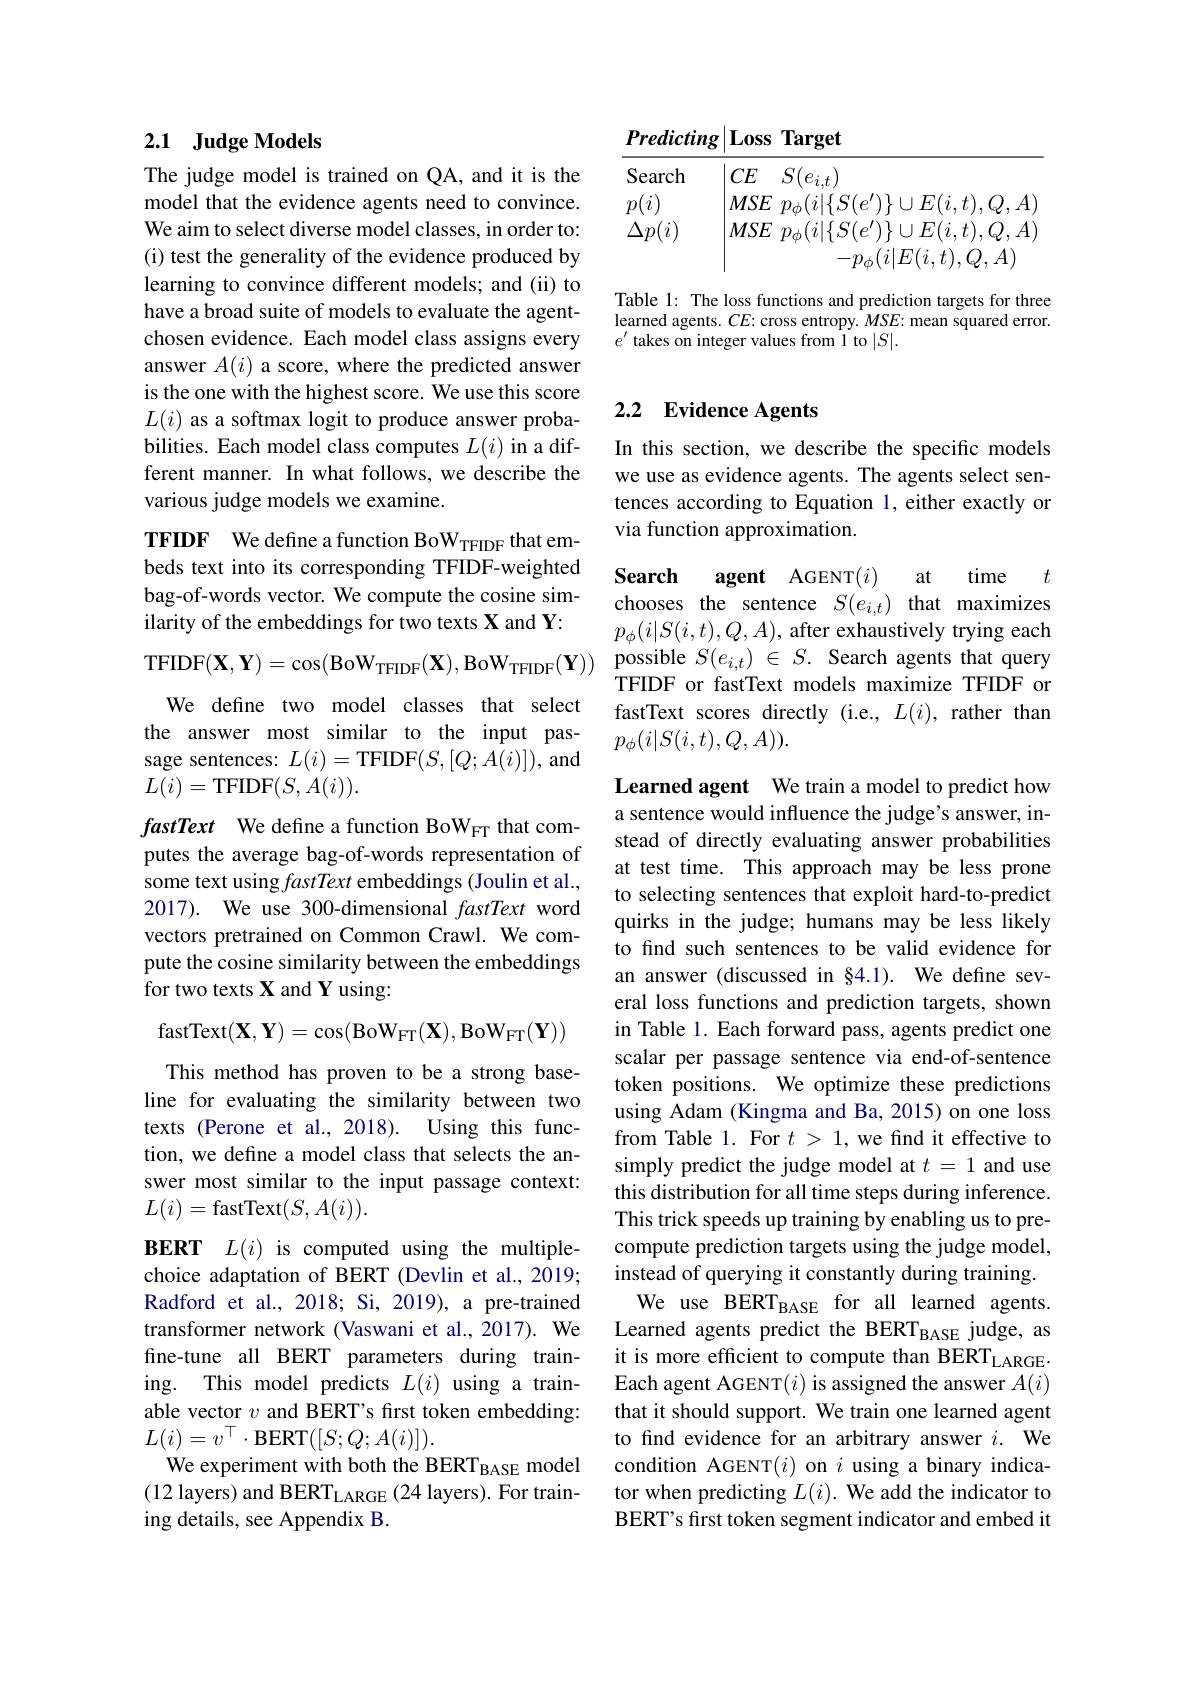
## 2.1 Judge Models

The judge model is trained on QA, and it is the model that the evidence agents need to convince. We aim to select diverse model classes, in order to: (i) test the generality of the evidence produced by learning to convince different models; and (ii) to have a broad suite of models to evaluate the agentchosen evidence. Each model class assigns every answer $A(i)$ a score, where the predicted answer is the one with the highest score. We use this score $L(i)$ as a softmax logit to produce answer probabilities. Each model class computes $L(i)$ in a different manner. In what follows, we describe the various judge models we examine.

TFIDF We define a function BoW$_\mathrm{TFIDF}$ that embeds text into its corresponding TFIDF-weighted bag-of-words vector. We compute the cosine similarity of the embeddings for two texts X and Y:
We define two model classes that select the answer most similar to the input passage sentences: $L(i)=$TFIDF$(S,[Q;A(i)])$, and $L(i)=$TFIDF$(S,A(i)).$
fastText We define a function BoWFT that computes the average bag-of-words representation of some text using fastText embeddings (Joulin et al., 2017). We use 300-dimensional fastText word vectors pretrained on Common Crawl. We compute the cosine similarity between the embeddings for two texts X and Y using:
$$\mathrm{fastText}(\mathbf{X},\mathbf{Y})=\cos(\mathrm{BoW}_{\mathrm{FT}}(\mathbf{X}),\mathrm{BoW}_{\mathrm{FT}}(\mathbf{Y}))$$
This method has proven to be a strong baseline for evaluating the similarity between two texts (Perone et al., 2018). Using this function, we define a model class that selects the answer most similar to the input passage context: $L(i)=$fastText$(S,A(i)).$
BERT $L(i)$ is computed using the multiplechoice adaptation of BERT (Devlin et al., 2019; Radford et al., 2018; Si, 2019), a pre-trained transformer network (Vaswani et al., 2017). We fine-tune all BERT parameters during training. This model predicts $L(i)$ using a trainable vector $v$ and BERT's first token embedding: $L(i)=v^{\top}\cdot$BERT$([S;Q;A(i)]).$
We experiment with both the BERT$_\mathrm{BASE}$ model (12 layers) and BERT$_\mathrm{LARGE}(24$ layers). For training details, see Appendix B.

Predicting |Loss Target
<table>
	<tbody>
		<tr>
			<td>Search</td>
			<td> </td>
			<td> </td>
		</tr>
		<tr>
			<td>$\Delta p(i)$</td>
			<td>$t$ 2</td>
			<td>$,Q,A$ $t)$</td>
		</tr>
	</tbody>
</table>

Table 1: The loss functions and prediction targets for three learned agents. $CE:$ cross entropy. $MSE:$ mean squared error. $e^{\prime}$ takes on integer values from 1 to $|S|.$

## 2.2 Evidence Agents

In this section, we describe the specific models we use as evidence agents. The agents select sentences according to Equation 1, either exactly or via function approximation.

Search agent AGENT$(i)$
at time $t$
chooses the sentence $S(e_{i,t})$ that maximizes $p_\phi(i|S(i,t),Q,A)$, after exhaustively trying each
TFIDF$(\mathbf{X},\mathbf{Y})=\cos(\mathbf{B}$oW$_\mathrm{TFIDF}( \mathbf{X} ) $,BoW$_\mathrm{TFIDF}( \mathbf{Y} ) )$ possible $S( e_i, t) \in S.$ Search agents that query
TFIDF or fastText models maximize TFIDF or fastText scores directly (i.e., $L(i)$, rather than $p_\phi(i|S(i,t),Q,A)).$

Learned agent We train a model to predict how a sentence would influence the judge's answer, instead of directly evaluating answer probabilities at test time. This approach may be less prone to selecting sentences that exploit hard-to-predict quirks in the judge; humans may be less likely to find such sentences to be valid evidence for an answer (discussed in §4.1). We define several loss functions and prediction targets, shown in Table 1. Each forward pass, agents predict one scalar per passage sentence via end-of-sentence token positions. We optimize these predictions using Adam (Kingma and Ba, 2015) on one loss from Table 1. For $t>1$,we find it effective to simply predict the judge model at $t=1$ and use this distribution for all time steps during inference. This trick speeds up training by enabling us to precompute prediction targets using the judge model, instead of querying it constantly during training.
We use BERT$_\mathrm{BASE}$ for all learned agents. Learned agents predict the BERT$_\mathrm{BASE}$ judge, as it is more efficient to compute than BERTLARGE$\cdot$ Each agent AGENT$(i)$ is assigned the answer $A(i)$ that it should support. We train one learned agent to find evidence for an arbitrary answer $i.$ We condition AGENT$(i)$ on $i$ using a binary indicator when predicting $L(i).$ We add the indicator to BERT's first token segment indicator and embed it